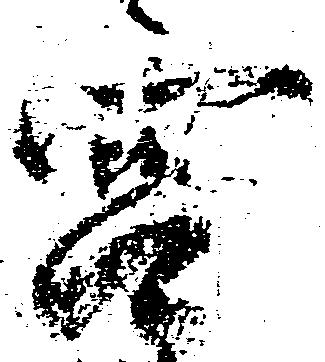
宮